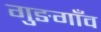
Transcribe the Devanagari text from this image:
गुङगाँव